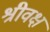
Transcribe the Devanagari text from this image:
श्रीवक्ष